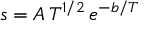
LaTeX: s = A \, T ^ { 1 / 2 } \, e ^ { - b / T }